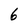
Character: 6